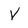
Character: V